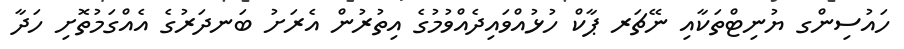
ހައުސިންގ ޔުނިޓްތަކާއި ނޭޗަރ ޕާކް ހުޅުއްވައިދެއްވުމުގެ އިތުރުން އެރަށު ބަނދަރުގެ އެއްގަމުތޮށި ހަދާ